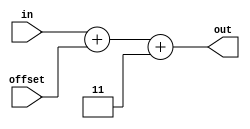
module offsetadder (offset, in, out);
	input [n:0] offset, in;
	output [n:0] out;
	
	parameter n = 6;
	parameter speed = 3;
	
	assign out = in + offset + speed;

endmodule